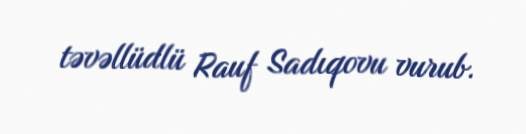
təvəllüdlü Rauf Sadıqovu vurub.